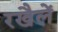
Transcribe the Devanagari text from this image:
रखैलें